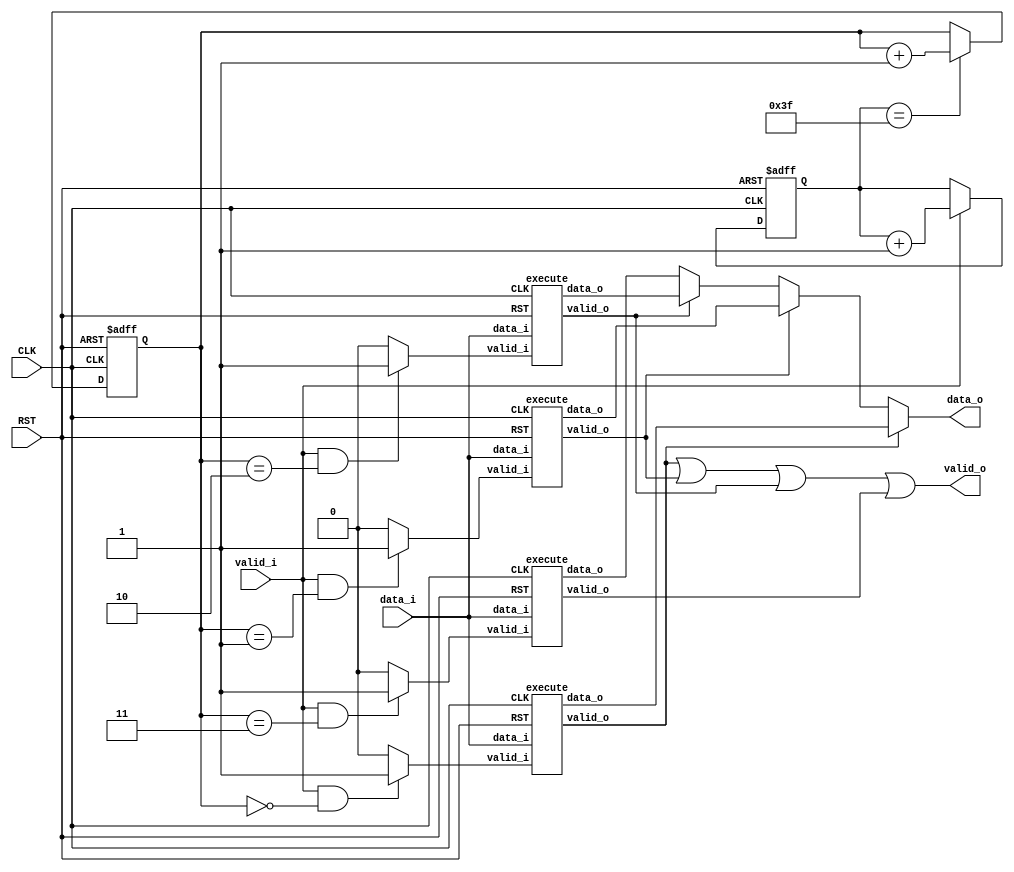
module viterbi(CLK, RST, valid_i, data_i, valid_o, data_o);
   input       CLK, RST, valid_i;
   input [1:0] data_i;
   output      valid_o, data_o;

   reg [1:0]   select;
   reg [5:0]   count;
   
   wire        valid_i_0, valid_i_1, valid_i_2, valid_i_3;
   wire        valid_o_0, valid_o_1, valid_o_2, valid_o_3;
   wire        data_o_0, data_o_1, data_o_2, data_o_3;
   
   always @(posedge CLK or negedge RST) begin
      if (RST == 1'b0) begin
	 select <= 2'd0;
	 count <= 6'd0;
      end else begin
	 if (valid_i == 1'b1) begin
	    count <= count + 6'd1;
	 end
	 if (count == 6'd63) begin
	    select <= select + 2'd1;
	 end
      end
   end

   assign valid_i_0 = (valid_i == 1'b1 && select == 2'd0) ? 1'b1 : 1'b0;
   assign valid_i_1 = (valid_i == 1'b1 && select == 2'd1) ? 1'b1 : 1'b0;
   assign valid_i_2 = (valid_i == 1'b1 && select == 2'd2) ? 1'b1 : 1'b0;
   assign valid_i_3 = (valid_i == 1'b1 && select == 2'd3) ? 1'b1 : 1'b0;
   assign valid_o = valid_o_0 | valid_o_1 | valid_o_2 | valid_o_3;
   assign data_o = (valid_o_0 == 1'b1) ? data_o_0 : ((valid_o_1 == 1'b1) ? data_o_1 : ((valid_o_2 == 1'b1) ? data_o_2 : data_o_3));

   execute execute0(CLK, RST, valid_i_0, data_i, valid_o_0, data_o_0);
   execute execute1(CLK, RST, valid_i_1, data_i, valid_o_1, data_o_1);
   execute execute2(CLK, RST, valid_i_2, data_i, valid_o_2, data_o_2);
   execute execute3(CLK, RST, valid_i_3, data_i, valid_o_3, data_o_3);
endmodule
  
module execute(CLK, RST, valid_i, data_i, valid_o, data_o);
   input       CLK, RST, valid_i;
   input [1:0] data_i;
   output reg  valid_o, data_o;

   reg 	       working;
   reg [31:0]  count, sum00, sum01, sum10, sum11;
   reg [1:0]   pre00[0:63], pre01[0:63], pre10[0:63], pre11[0:63];
   reg [1:0]   state;
   reg [63:0]  data;
   
   always @(posedge CLK or negedge RST) begin
      if (RST == 1'b0) begin
	 working <= 1'b0;
	 count <= 32'd0;
	 valid_o <= 1'b0;
	 sum00 <= 32'd0;
	 sum01 <= 32'd0;
	 sum10 <= 32'd0;
	 sum11 <= 32'd0;
      end else begin
	 if (valid_i == 1'b1) begin
	    working <= 1'b1;
	 end
	 if (valid_i == 1'b1 || working == 1'b1) begin
	    if (count == 0) begin
	       sum00 <= sum00 +  data_i[0] +  data_i[1];
	       sum10 <= sum00 + {31'd0, ~data_i[0]} + {31'd0, ~data_i[1]};
	       pre00[count] <= 2'b00;
	       pre10[count] <= 2'b00;
	       count <= count + 32'd1;
	    end else if (count == 1) begin
	       sum00 <= sum00 + {31'd0,  data_i[0]} + {31'd0,  data_i[1]};
	       sum01 <= sum10 + {31'd0,  data_i[0]} + {31'd0, ~data_i[1]};
	       sum10 <= sum00 + {31'd0, ~data_i[0]} + {31'd0, ~data_i[1]};
  	       sum11 <= sum10 + {31'd0, ~data_i[0]} + {31'd0,  data_i[1]};
	       pre00[count] <= 2'b00;
	       pre01[count] <= 2'b10;
	       pre10[count] <= 2'b00;
	       pre11[count] <= 2'b10;
	       count <= count + 32'd1;
	    end else if (count >= 2 && count <= 63) begin
	       sum00 <= (sum00 + {31'd0,  data_i[0]} + {31'd0,  data_i[1]} < sum01 + {31'd0, ~data_i[0]} + {31'd0, ~data_i[1]}) ? sum00 + {31'd0,  data_i[0]} + {31'd0,  data_i[1]} : sum01 + {31'd0, ~data_i[0]} + {31'd0, ~data_i[1]};
	       sum01 <= (sum10 + {31'd0,  data_i[0]} + {31'd0, ~data_i[1]} < sum11 + {31'd0, ~data_i[0]} + {31'd0,  data_i[1]}) ? sum10 + {31'd0,  data_i[0]} + {31'd0, ~data_i[1]} : sum11 + {31'd0, ~data_i[0]} + {31'd0,  data_i[1]};
	       sum10 <= (sum00 + {31'd0, ~data_i[0]} + {31'd0, ~data_i[1]} < sum01 + {31'd0,  data_i[0]} + {31'd0,  data_i[1]}) ? sum00 + {31'd0, ~data_i[0]} + {31'd0, ~data_i[1]} : sum01 + {31'd0,  data_i[0]} + {31'd0,  data_i[1]};
  	       sum11 <= (sum10 + {31'd0, ~data_i[0]} + {31'd0,  data_i[1]} < sum11 + {31'd0,  data_i[0]} + {31'd0, ~data_i[1]}) ? sum10 + {31'd0, ~data_i[0]} + {31'd0,  data_i[1]} : sum11 + {31'd0,  data_i[0]} + {31'd0, ~data_i[1]};
	       pre00[count] <= (sum00 + {31'd0,  data_i[0]} + {31'd0,  data_i[1]} < sum01 + {31'd0, ~data_i[0]} + {31'd0, ~data_i[1]}) ? 2'b00 : 2'b01;
	       pre01[count] <= (sum10 + {31'd0,  data_i[0]} + {31'd0, ~data_i[1]} < sum11 + {31'd0, ~data_i[0]} + {31'd0,  data_i[1]}) ? 2'b10 : 2'b11;
	       pre10[count] <= (sum00 + {31'd0, ~data_i[0]} + {31'd0, ~data_i[1]} < sum01 + {31'd0,  data_i[0]} + {31'd0,  data_i[1]}) ? 2'b00 : 2'b01;
	       pre11[count] <= (sum10 + {31'd0, ~data_i[0]} + {31'd0,  data_i[1]} < sum11 + {31'd0,  data_i[0]} + {31'd0, ~data_i[1]}) ? 2'b10 : 2'b11;
	       count <= count + 32'd1;
	    end else if (count == 64) begin
	       state <= min(sum00, sum01, sum10, sum11);
	       count <= count + 32'd1;
	    end else if (count >= 65 && count <= 128) begin
	       data[128 - count] <= (state == 2'b00 || state == 2'b01) ? 0 : 1;
	       state <= (state == 2'b00) ? pre00[128 - count] : ((state == 2'b01) ? pre01[128 - count] : ((state == 2'b10) ? pre10[128 - count] : pre11[128 - count]));
	       count <= count + 32'd1;
	    end	else if (count >= 129 && count <= 192) begin
	       valid_o <= 1'b1;
	       data_o <= data[count - 129];
	       count <= count + 32'd1;
	    end else if (count == 193) begin
	       working <= 1'b0;
	       count <= 32'd0;
	       valid_o <= 1'b0;
	       sum00 <= 32'd0;
	       sum01 <= 32'd0;
	       sum10 <= 32'd0;
	       sum11 <= 32'd0;
	    end
	 end
      end
   end

   function [1:0] min;
      input [31:0] sum00, sum01, sum10, sum11;
      begin
	 if (sum00 <= sum01 && sum01 <= sum10 && sum10 <= sum11) min = 2'b00;
	 else if (sum00 <= sum01 && sum01 <= sum11 && sum11 <= sum10) min = 2'b00;
	 else if (sum00 <= sum10 && sum10 <= sum01 && sum01 <= sum11) min = 2'b00;
	 else if (sum00 <= sum10 && sum10 <= sum11 && sum11 <= sum01) min = 2'b00;
	 else if (sum00 <= sum11 && sum11 <= sum01 && sum01 <= sum10) min = 2'b00;
	 else if (sum00 <= sum11 && sum11 <= sum10 && sum10 <= sum01) min = 2'b00;

	 else if (sum01 <= sum00 && sum00 <= sum10 && sum10 <= sum11) min = 2'b01;
	 else if (sum01 <= sum00 && sum00 <= sum11 && sum11 <= sum10) min = 2'b01;
	 else if (sum01 <= sum10 && sum10 <= sum00 && sum00 <= sum11) min = 2'b01;
	 else if (sum01 <= sum10 && sum10 <= sum11 && sum11 <= sum00) min = 2'b01;
	 else if (sum01 <= sum11 && sum11 <= sum00 && sum00 <= sum10) min = 2'b01;
	 else if (sum01 <= sum11 && sum11 <= sum10 && sum10 <= sum00) min = 2'b01;      

	 else if (sum10 <= sum00 && sum00 <= sum01 && sum01 <= sum11) min = 2'b10;
	 else if (sum10 <= sum00 && sum00 <= sum11 && sum11 <= sum01) min = 2'b10;
	 else if (sum10 <= sum01 && sum01 <= sum00 && sum00 <= sum11) min = 2'b10;
	 else if (sum10 <= sum01 && sum01 <= sum11 && sum11 <= sum00) min = 2'b10;
	 else if (sum10 <= sum11 && sum11 <= sum00 && sum00 <= sum01) min = 2'b10;
	 else if (sum10 <= sum11 && sum11 <= sum01 && sum01 <= sum00) min = 2'b10;

	 else if (sum11 <= sum00 && sum00 <= sum01 && sum01 <= sum10) min = 2'b11;
	 else if (sum11 <= sum00 && sum00 <= sum10 && sum10 <= sum01) min = 2'b11;
	 else if (sum11 <= sum01 && sum01 <= sum00 && sum00 <= sum10) min = 2'b11;
	 else if (sum11 <= sum01 && sum01 <= sum10 && sum00 <= sum00) min = 2'b11;
	 else if (sum11 <= sum10 && sum10 <= sum00 && sum00 <= sum01) min = 2'b11;
	 else if (sum11 <= sum10 && sum10 <= sum01 && sum01 <= sum00) min = 2'b11;
      end
   endfunction
endmodule